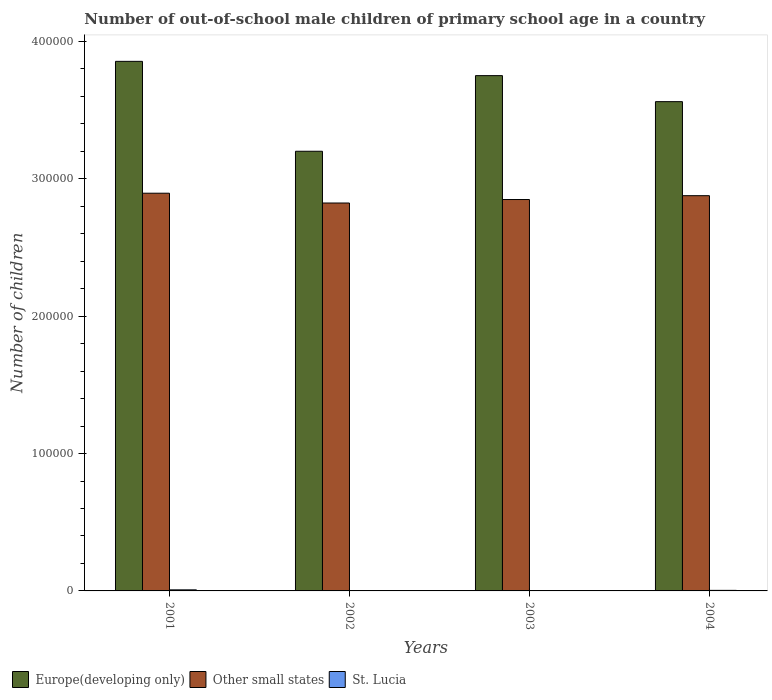
| Years | Europe(developing only) | Other small states | St. Lucia |
 | --- | --- | --- | --- |
 | 2001 | 3.85e+05 | 2.9e+05 | 777 |
 | 2002 | 3.2e+05 | 2.82e+05 | 58 |
 | 2003 | 3.75e+05 | 2.85e+05 | 202 |
 | 2004 | 3.56e+05 | 2.88e+05 | 406 |